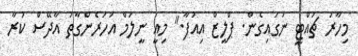
މިހާރު ޗުއްޓީ ނަގައިގެން. ޕްލީޒް އިއުފާ." މިއީ ނީލަމް އަހަރެންގާތު އާދޭސް ކުރާ